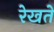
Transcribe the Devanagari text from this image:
रेखते